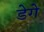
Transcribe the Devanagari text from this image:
डेगे